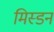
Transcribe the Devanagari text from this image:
मिस्डन